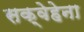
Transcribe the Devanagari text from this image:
सक्वेहेना